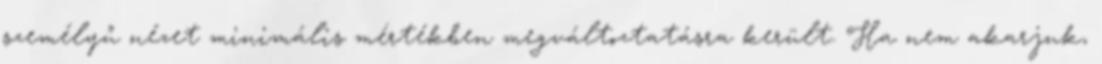
személyű nézet minimális mértékben megváltoztatásra került. Ha nem akarjuk,